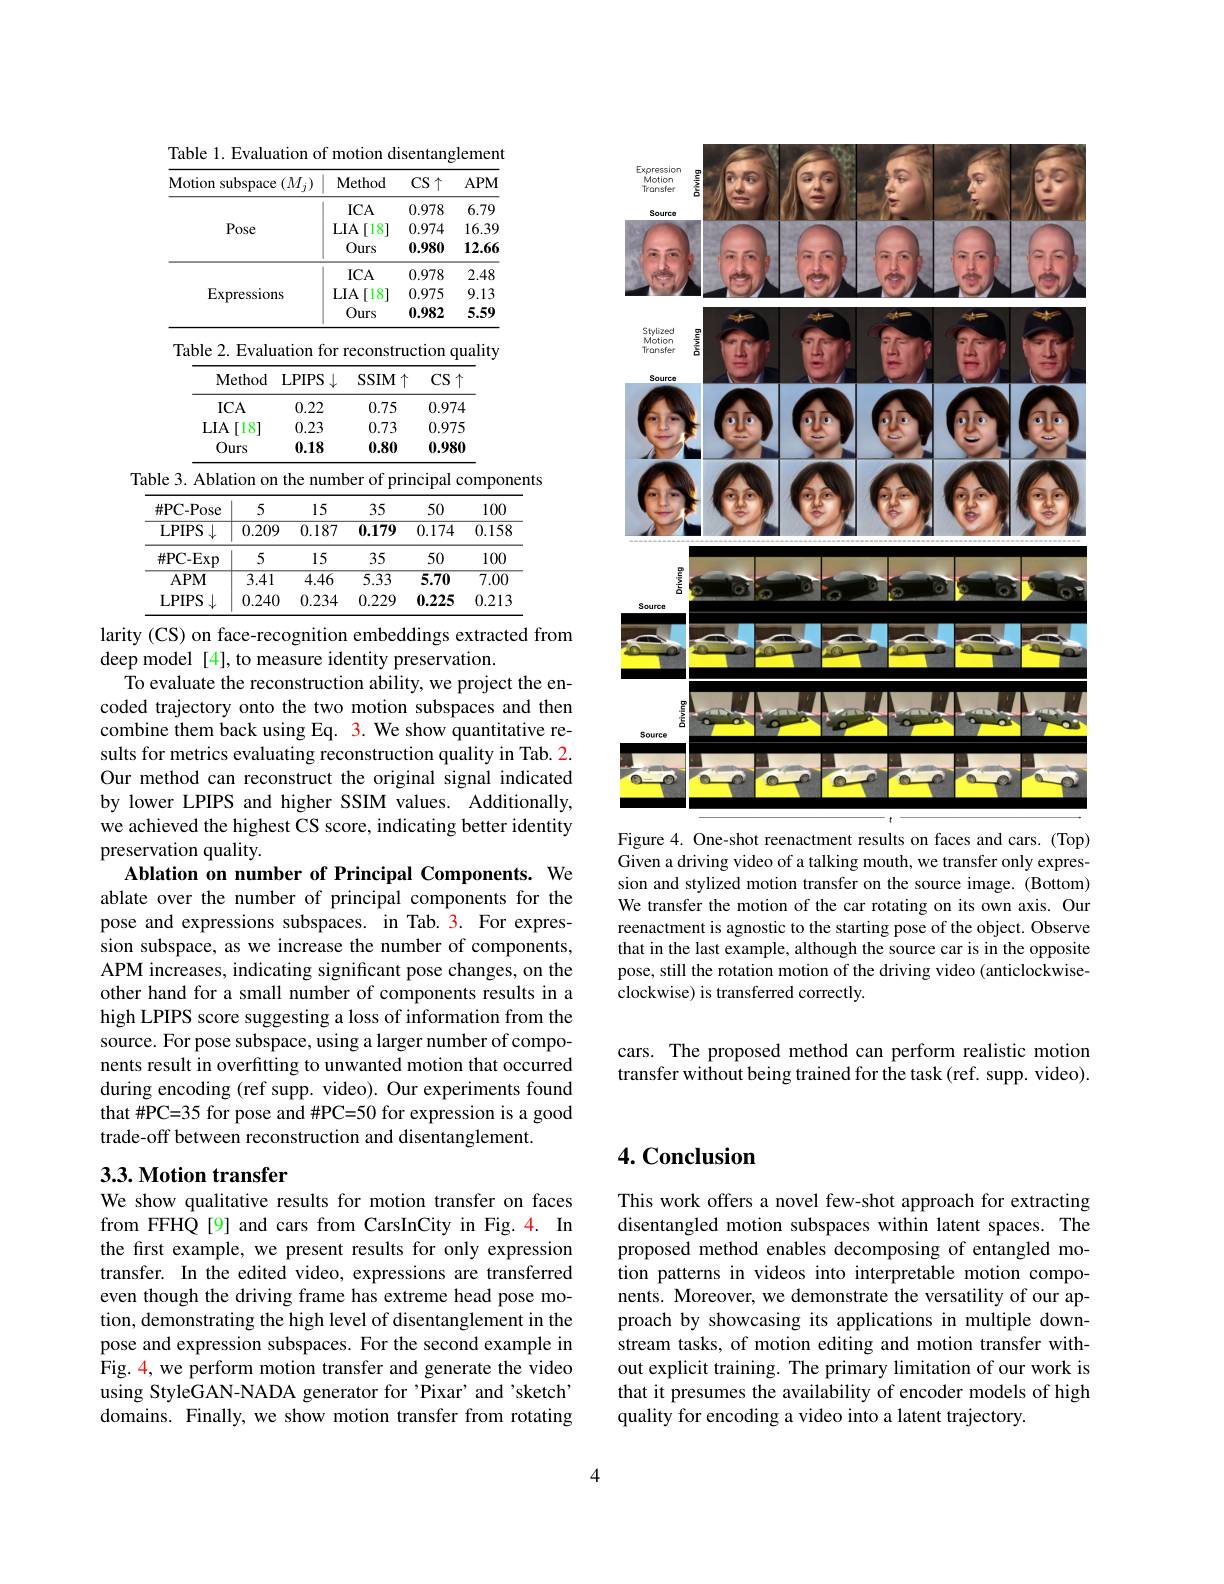
Table 1. Evaluation of motion disentanglement

<table>
	<tbody>
		<tr>
			<th>$:(M_{j})$ Motion subspace</th>
			<th>Method</th>
			<th>$CS\uparrow$</th>
			<th>$APM$</th>
		</tr>
		<tr>
			<td rowspan="3">Pose</td>
			<td>$ICA$</td>
			<td>0.978</td>
			<td>6.79</td>
		</tr>
		<tr>
			<td>$LIA$ [18]</td>
			<td>0.974</td>
			<td>16.39</td>
		</tr>
		<tr>
			<td>Ours</td>
			<td>0.980</td>
			<td>12.66</td>
		</tr>
		<tr>
			<td rowspan="3">Expressions</td>
			<td>$ICA$</td>
			<td>0.978</td>
			<td>2.48</td>
		</tr>
		<tr>
			<td>[18] $LIA$</td>
			<td>0.975</td>
			<td>9.13</td>
		</tr>
		<tr>
			<td>Ours</td>
			<td>0.982</td>
			<td>5.59</td>
		</tr>
	</tbody>
</table>

Table 2. Evaluation for reconstruction quality
<table>
	<tbody>
		<tr>
			<th>Method</th>
			<th>LPIPS$\downarrow$</th>
			<th>$SSIM\uparrow$</th>
			<th>$CS\uparrow$</th>
		</tr>
		<tr>
			<td>$ICA$</td>
			<td>0.22</td>
			<td>0.75</td>
			<td>0.974</td>
		</tr>
		<tr>
			<td>.IA [18]</td>
			<td>0.23</td>
			<td>0.73</td>
			<td>0.975</td>
		</tr>
		<tr>
			<td>Ours</td>
			<td>0.18</td>
			<td>0.80</td>
			<td>0.980</td>
		</tr>
	</tbody>
</table>

Table 3. Ablation on the number of principal components
<table>
	<tbody>
		<tr>
			<th>$\#$PC- Pose</th>
			<th>5</th>
			<th>15</th>
			<th>35</th>
			<th>50</th>
			<th>100</th>
		</tr>
		<tr>
			<td>$\overline{{\mathrm{LPIPS}}\downarrow}$</td>
			<td>0.209</td>
			<td>0.187</td>
			<td>0.179</td>
			<td>0.174</td>
			<td>0.158</td>
		</tr>
		<tr>
			<td>$\#$PC- Exp</td>
			<td>5</td>
			<td>15</td>
			<td>35</td>
			<td>50</td>
			<td>100</td>
		</tr>
		<tr>
			<td>$APM$</td>
			<td>$\overline{3.41}$</td>
			<td>$\overline{4.46}$</td>
			<td>5.33</td>
			<td>5.70</td>
			<td>$\overline{7.00}$</td>
		</tr>
		<tr>
			<td>LPIPS</td>
			<td>0.240</td>
			<td>0.234</td>
			<td>0.229</td>
			<td>0.225</td>
			<td>0.213</td>
		</tr>
	</tbody>
</table>

larity (CS) on face-recognition embeddings extracted from
deep model [4], to measure identity preservation.
To evaluate the reconstruction ability, we project the encoded trajectory onto the two motion subspaces and then combine them back using Eq. 3. We show quantitative results for metrics evaluating reconstruction quality in Tab. 2. Our method can reconstruct the original signal indicated by lower LPIPS and higher SSIM values. Additionally, we achieved the highest CS score, indicating better identity preservation quality.
Ablation on number of Principal Components. We ablate over the number of principal components for the pose and expressions subspaces. in Tab. 3. For expression subspace, as we increase the number of components, APM increases, indicating significant pose changes, on the other hand for a small number of components results in a high LPIPS score suggesting a loss of information from the source. For pose subspace, using a larger number of components result in overfitting to unwanted motion that occurred during encoding (ref supp. video). Our experiments found that#PC=35 for pose and #PC=50 for expression is a good trade-off between reconstruction and disentanglement.

## 3.3. Motion transfer

We show qualitative results for motion transfer on faces from FFHQ[9] and cars from CarsInCity in Fig. 4. In the frst example, we present results for only expression transfer. In the edited video, expressions are transferred even though the driving frame has extreme head pose motion, demonstrating the high level of disentanglement in the pose and expression subspaces. For the second example in Fig. 4, we perform motion transfer and generate the video using StyleGAN-NADA generator for 'Pixar' and 'sketch' domains. Finally, we show motion transfer from rotating

<FigureHere>

Figure 4. One-shot reenactment results on faces and cars. (Top) Given a driving video of a talking mouth, we transfer only expression and stylized motion transfer on the source image. (Bottom) We transfer the motion of the car rotating on its own axis. Our reenactment is agnostic to the starting pose of the object. Observe that in the last example, although the source car is in the opposite pose, still the rotation motion of the driving video (anticlockwiseclockwise) is transferred correctly.

cars. The proposed method can perform realistic motion transfer without being trained for the task (ref. supp. video).

## 4. Conclusion

This work offers a novel few-shot approach for extracting disentangled motion subspaces within latent spaces. The proposed method enables decomposing of entangled motion patterns in videos into interpretable motion components. Moreover, we demonstrate the versatility of our approach by showcasing its applications in multiple downstream tasks, of motion editing and motion transfer without explicit training. The primary limitation of our work is that it presumes the availability of encoder models of high quality for encoding a video into a latent trajectory.

4